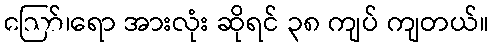
ဪ၊ရော အားလုံး ဆိုရင် ၃၈ ကျပ် ကျတယ်။